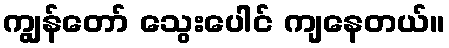
ကျွန်တော် သွေးပေါင် ကျနေတယ်။